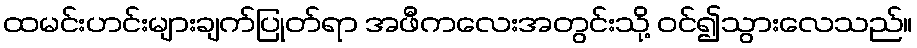
ထမင်းဟင်းများချက်ပြုတ်ရာ အဖီကလေးအတွင်းသို့ ဝင်၍သွားလေသည်။